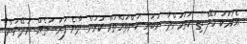
އެކަމަކު ކަލޭ ތި ކުރަމުންދާ ނުބައި ކަންތައްތައް ކުރަން ދާނެ ފުރުޞަތެއް ނުދޭނަން"